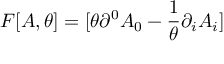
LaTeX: F [ A , \theta ] = [ \theta \partial ^ { 0 } A _ { 0 } - \frac { 1 } { \theta } \partial _ { i } A _ { i } ]